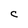
Character: C